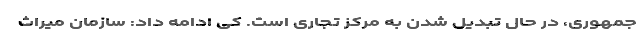
جمهوری، در حال تبدیل شدن به مرکز تجاری است. کی ادامه داد: سازمان میراث